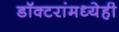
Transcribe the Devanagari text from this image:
डॉक्‍टरांमध्येही